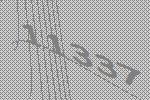
11337